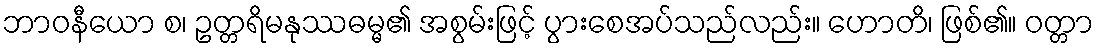
ဘာဝနီယော စ၊ ဥတ္တရိမနုဿဓမ္မ၏ အစွမ်းဖြင့် ပွားစေအပ်သည်လည်း။ ဟောတိ၊ ဖြစ်၏။ ဝတ္တာ